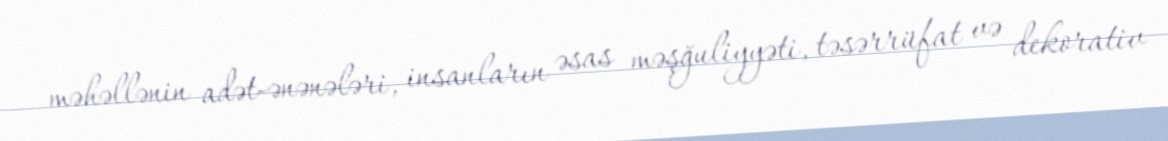
məhəllənin adət-ənənələri, insanların əsas məşğuliyyəti, təsərrüfat və dekorativ